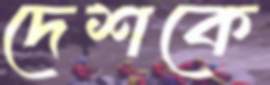
দেশকে